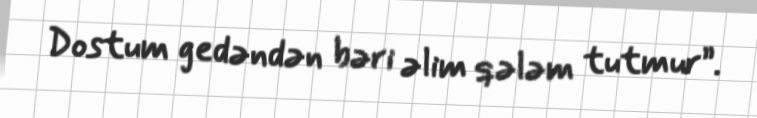
Dostum gedəndən bəri əlim qələm tutmur”.